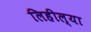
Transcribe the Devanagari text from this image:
लिहील्या